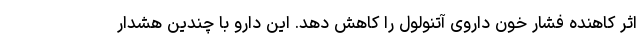
اثر کاهنده فشار خون داروی آتنولول را کاهش دهد. این دارو با چندین هشدار